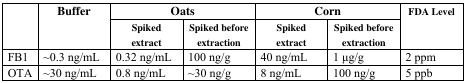
<table><thead><tr><td rowspan="2"></td><td rowspan="2"><b>Buffer</b></td><td colspan="2"><b>Oats</b></td><td colspan="2"><b>Corn</b></td><td rowspan="2"><b>FDA Level</b></td></tr><tr><td><b>Spiked extract</b></td><td><b>Spiked before extraction</b></td><td><b>Spiked extract</b></td><td><b>Spiked before extraction</b></td></tr></thead><tbody><tr><td>FB1</td><td>~0.3 ng/mL</td><td>0.32 ng/mL</td><td>100 ng/g</td><td>40 ng/mL</td><td>1 μg/g</td><td>2 ppm</td></tr><tr><td>OTA</td><td>~30 ng/mL</td><td>0.8 ng/mL</td><td>~30 ng/g</td><td>8 ng/mL</td><td>100 ng/g</td><td>5 ppb</td></tr></tbody></table>